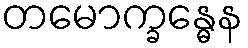
တမောက္ခန္ဓေန